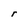
Character: r